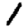
Digit: 1